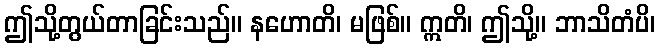
ဤသို့တွယ်တာခြင်းသည်။ နဟောတိ၊ မဖြစ်။ ဣတိ၊ ဤသို့။ ဘာသိတံပိ၊